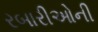
રબારીઓની